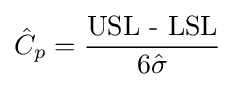
{\hat {C}}_{p}={\frac {\text{USL - LSL}}{6{\hat {\sigma }}}}